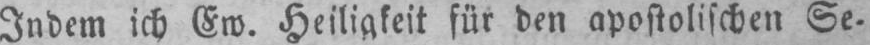
für den apostolischen Se-